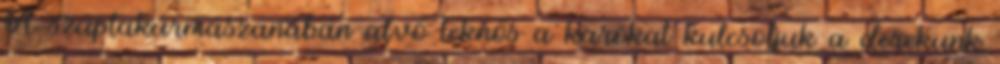
A szuptakúrmászanában alvó teknős a karokat kulcsoljuk a derekunk